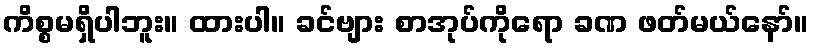
ကိစ္စမရှိပါဘူး။ ထားပါ။ ခင်ဗျား စာအုပ်ကိုရော ခဏ ဖတ်မယ်နော်။